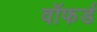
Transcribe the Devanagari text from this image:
वॉफर्ड